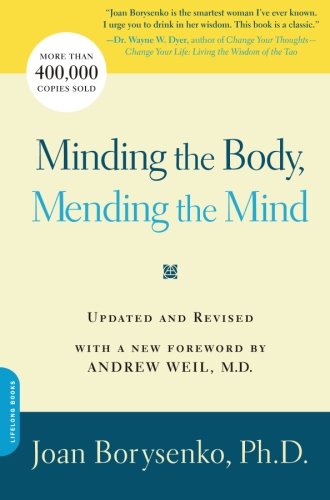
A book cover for Minding the Body, Mending the Mind; Joan Borysenko; Religion & Spirituality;